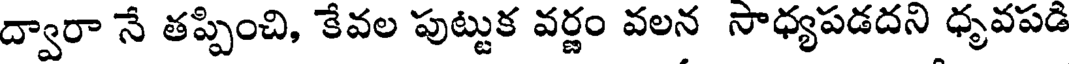
ద్వారా నే తప్పించి, కేవల పుట్టుక వర్ణం వలన సాధ్యపడదని ధృవపడి